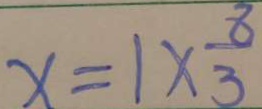
x = 1 \times \frac { 8 } { 3 }